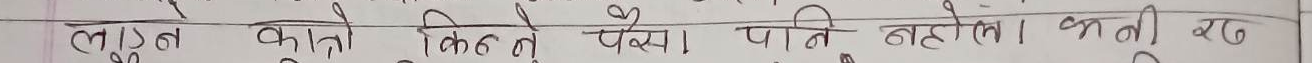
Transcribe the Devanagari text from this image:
लाउन कालो कितनै पैसा पानी बहेलो । भनी खर